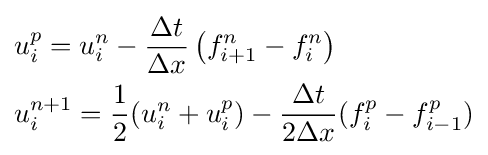
{\begin{aligned}&u_{i}^{p}=u_{i}^{n}-{\frac {\Delta t}{\Delta x}}\left(f_{i+1}^{n}-f_{i}^{n}\right)\\&u_{i}^{n+1}={\frac {1}{2}}(u_{i}^{n}+u_{i}^{p})-{\frac {\Delta t}{2\Delta x}}(f_{i}^{p}-f_{i-1}^{p})\end{aligned}}